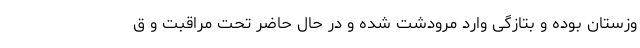
وزستان بوده و بتازگی وارد مرودشت شده و در حال حاضر تحت مراقبت و ق